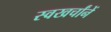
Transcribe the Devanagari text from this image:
स्वखर्चांनें